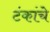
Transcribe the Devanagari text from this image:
टंकांचे